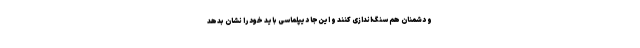
و دشمنان هم سنگ‌اندازی کنند و این‌جا دیپلماسی باید خود را نشان بدهد